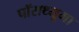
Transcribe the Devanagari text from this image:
पॉसथ्यूमा